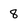
Character: 8